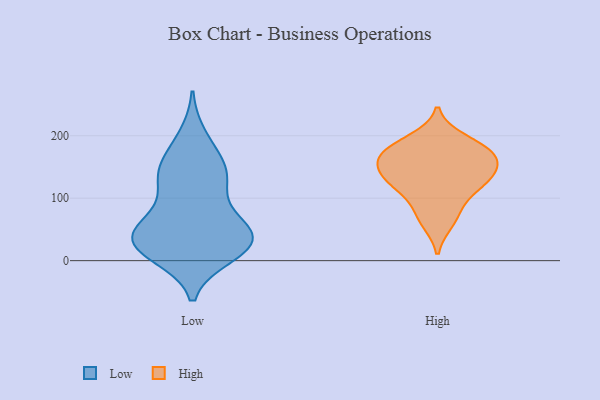
{"axis": {"x": "Population (Million)", "y": "Value"}, "legend": ["High", "Low"], "data": [{"x": "", "y": 23, "type": "Low"}, {"x": "", "y": 126, "type": "Low"}, {"x": "", "y": 25, "type": "Low"}, {"x": "", "y": 54, "type": "Low"}, {"x": "", "y": 130, "type": "Low"}, {"x": "", "y": 165, "type": "Low"}, {"x": "", "y": 33, "type": "Low"}, {"x": "", "y": 197, "type": "Low"}, {"x": "", "y": 54, "type": "Low"}, {"x": "", "y": 10, "type": "Low"}, {"x": "", "y": 26, "type": "Low"}, {"x": "", "y": 21, "type": "Low"}, {"x": "", "y": 129, "type": "Low"}, {"x": "", "y": 44, "type": "Low"}, {"x": "", "y": 146, "type": "Low"}, {"x": "", "y": 62, "type": "Low"}, {"x": "", "y": 128, "type": "High"}, {"x": "", "y": 161, "type": "High"}, {"x": "", "y": 62, "type": "High"}, {"x": "", "y": 142, "type": "High"}, {"x": "", "y": 178, "type": "High"}, {"x": "", "y": 123, "type": "High"}, {"x": "", "y": 173, "type": "High"}, {"x": "", "y": 173, "type": "High"}, {"x": "", "y": 116, "type": "High"}, {"x": "", "y": 80, "type": "High"}, {"x": "", "y": 194, "type": "High"}, {"x": "", "y": 148, "type": "High"}]}